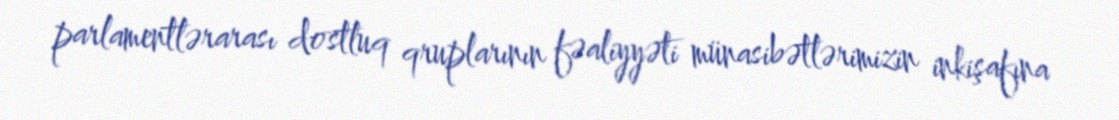
parlamentlərarası dostluq qruplarının fəaliyyəti münasibətlərimizin inkişafına